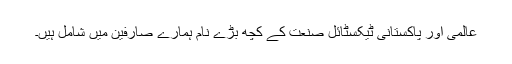
عالمی اور پاکستانی ٹیکسٹائل صنعت کے کچھ بڑے نام ہمارے صارفین میں شامل ہیں۔